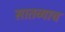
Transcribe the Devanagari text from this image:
सातव्याच